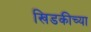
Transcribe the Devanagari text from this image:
खिडकीच्या